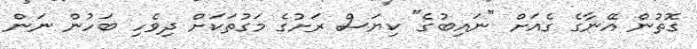
ގޮތުން އޭނާގެ ގެއަށް "ނައިބުގެ" ކިޔަސް ރަށުގެ މަގުތަކަށް ދިވެހި ބަހުން ނަން